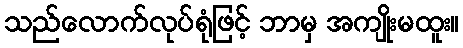
သည်လောက်လုပ်ရုံဖြင့် ဘာမှ အကျိုးမထူး။